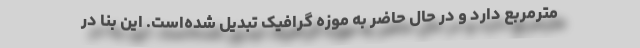
مترمربع دارد و در حال حاضر به موزه گرافیک تبدیل شده‌است. این بنا در